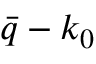
\bar { q } - k _ { 0 }